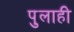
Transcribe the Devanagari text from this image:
पुलाही